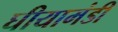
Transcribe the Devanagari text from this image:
घीयामंडी